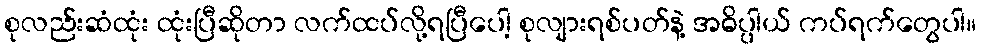
စုလည်းဆံထုံး ထုံးပြီဆိုတာ လက်ထပ်လို့ရပြီပေါ့ စုလျားရစ်ပတ်နဲ့ အဓိပ္ပါယ် ကပ်ရက်တွေပါ။